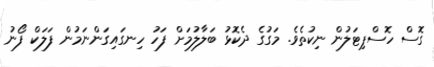
ގޮސް ހޮސްޕިޓަލުން ނިކުތެވެ. މަގުގެ ދެކޮޅު ބަލާލުމަށް ފަހު ހިނގައިގަންނަމުން ފަލަކް ފޯނު